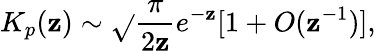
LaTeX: K_{p}(\mathbf{z})\sim\sqrt{}{{{\frac{{\pi}}{{2\mathbf{z}}}}}}e^{-\mathbf{z}}[1+O(\mathbf{z}^{-1})],